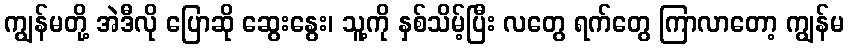
ကျွန်မတို့ အဲဒီလို ပြောဆို ဆွေးနွေး၊ သူ့ကို နှစ်သိမ့်ပြီး လတွေ ရက်တွေ ကြာလာတော့ ကျွန်မ